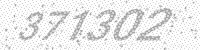
Solution: 371302